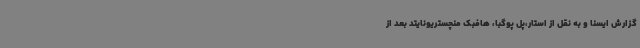
گزارش ایسنا و به نقل از استار،پل پوگبا، هافبک منچستریونایتد بعد از